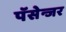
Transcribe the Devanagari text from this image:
पॅसेन्जर